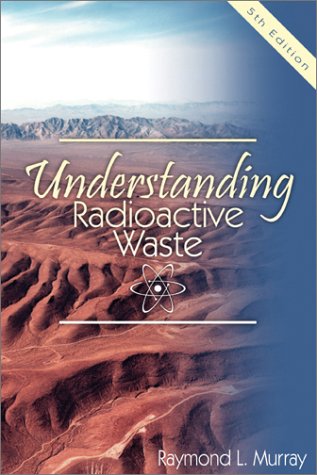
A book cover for Understanding Radioactive Waste; Raymond L. Murray; Science & Math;